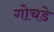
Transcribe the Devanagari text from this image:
गोचडे